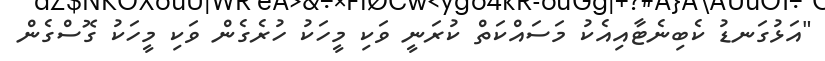
"އަޅުގަނޑު ކެބިނެޓާއިއެކު މަސައްކަތް ކުރަނީ ވަކި މީހަކު ހުރެގެން ވަކި މީހަކު ގޮސްގެން